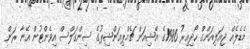
މެޑެލެއް ޖިއަލިއަންގް ހޯދިއިރު 1986ގެ އޭޝިއަން ޗެމްޕިއަންޝިޕުގެ ސިންގަލްސް އިވެންޓުން އޭނާ ރަން